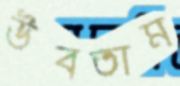
উবতাম